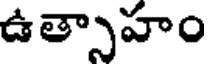
ఉత్సాహం